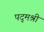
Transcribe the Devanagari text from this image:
पद्‌मश्री